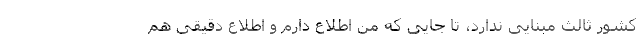
کشور ثالث مبنایی ندارد، تا جایی که من اطلاع دارم و اطلاع دقیقی هم